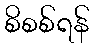
စိစစ်ရန်